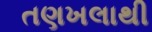
તણખલાથી